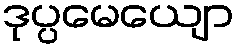
ဒုပ္ပမေယျော